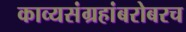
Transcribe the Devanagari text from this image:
काव्यसंग्रहांबरोबरच